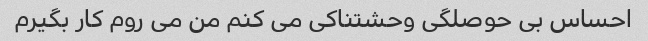
احساس بی حوصلگی وحشتناکی می کنم من می روم کار بگیرم